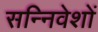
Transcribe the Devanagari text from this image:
सन्निवेशों